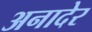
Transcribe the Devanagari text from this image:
अनादेर